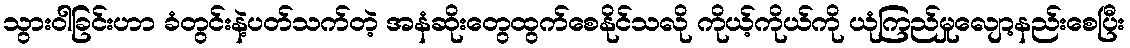
သွားဝါခြင်းဟာ ခံတွင်းနဲ့ပတ်သက်တဲ့ အနံဆိုးတွေထွက်စေနိုင်သလို ကိုယ့်ကိုယ်ကို ယုံကြည်မှုလျော့နည်းစေပြီး